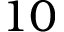
1 0